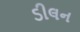
ડીલન